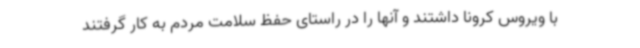
با ویروس کرونا داشتند و آنها را در راستای حفظ سلامت مردم به کار گرفتند